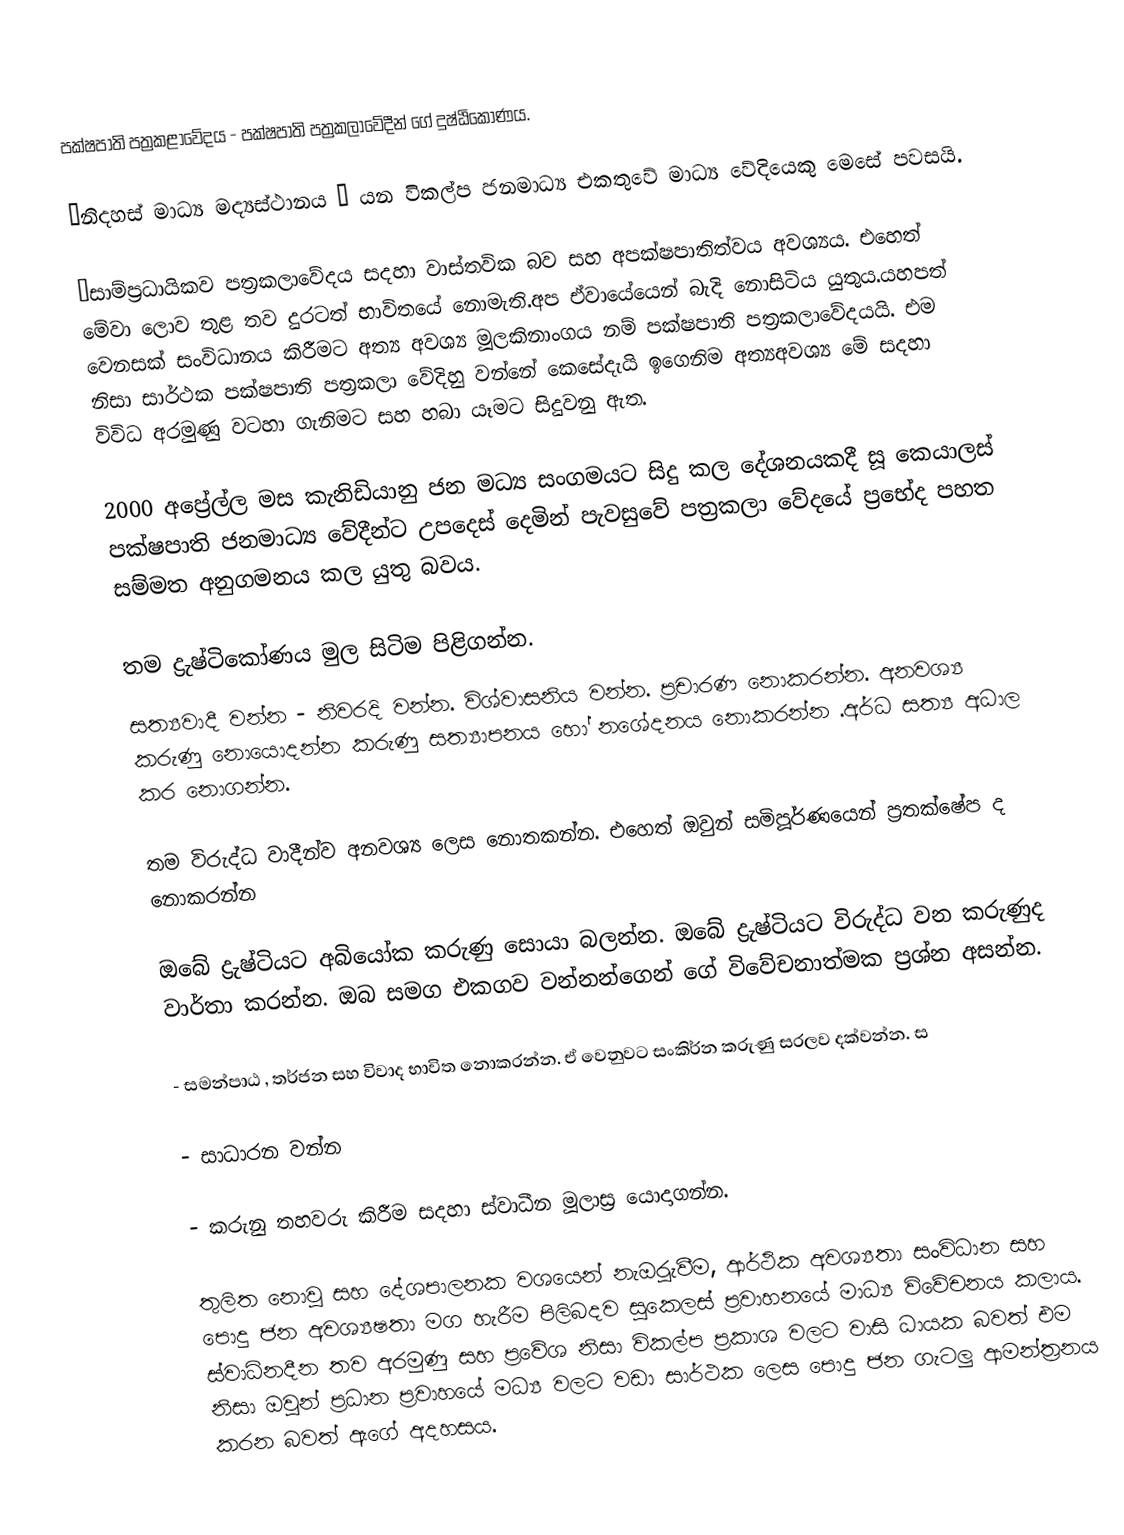
පක්ෂපාති පත්‍රකළාවේදය - පක්ෂපාති පත්‍රකලාවේදීන් ගේ  දුෂ්ඨිකෝණය.

“නිදහස් මාධ්‍ය මද්‍යස්ථානය ” යන විකල්ප ජනමාධ්‍ය එකතුවේ මාධ්‍ය වේදියෙකු මෙසේ පවසයි.

“සාම්ප්‍රධායිකව පත්‍රකලාවේදය සදහා වාස්තවික බව සහ අපක්ෂපාතිත්වය අවශ්‍යය. එහෙත් මේවා ලොව තුළ තව දුරටත් භාවිතයේ නොමැති.අප ඒවායේයෙන් බැදි නොසිටිය යුතුය.යහපත් වෙනසක් සංවිධානය කිරීමට අත්‍ය අවශ්‍ය මූලකිනාංගය නම් පක්ෂපාති පත්‍රකලාවේදයයි. එම නිසා සාර්ථක පක්ෂපාති පත්‍රකලා වේදිහු වන්නේ කෙසේදැයි ඉගෙනිම අත්‍යඅවශ්‍ය මේ සදහා විවිධ අරමුණු වටහා ගැනිමට සහ හබා යෑමට සිදුවනු ඇත.

2000 අප්‍රේල්ල මස කැනිඩියානු ජන මධ්‍ය සංගමයට සිදු කල දේශනයකදී  සූ කෙයාලස් පක්ෂපාති ජනමාධ්‍ය වේදීන්ට උපදෙස් දෙමින් පැවසුවේ පත්‍රකලා වේදයේ ප්‍රභේද පහත සම්මත අනුගමනය කල යුතු බවය.

තම ද්‍රුෂ්ටිකෝණය මුල සිටිම පිළිගන්න.
 සත්‍යවාදී වන්න - නිවරදි වන්න. විශ්වාසනිය වන්න. ප්‍රචාරණ නොකරන්න. අනවශ්‍ය කරුණු නොයොදන්න කරුණු සත්‍යාපනය හෝ නශේදනය නොකරන්න .අර්ධ සත්‍ය අධාල කර නොගන්න.

තම විරුද්ධ වාදීන්ව අනවශ්‍ය ලෙස නොතකන්න. එහෙත් ඔවුන් සමිපූර්ණයෙන් ප්‍රතක්ෂේප ද නොකරන්න

 ඔබේ ද්‍රුෂ්ටියට අබියෝක  කරුණු සොයා බලන්න. ඔබේ ද්‍රුෂ්ටියට විරුද්ධ වන කරුණුද වාර්තා කරන්න. ඔබ සමග එකගව වන්නන්ගෙන්  ගේ විවේචනාත්මක ප්‍රශ්න අසන්න.

- සමන්පාඨ , තර්ජන සහ විවාද භාවිත නොකරන්න. ඒ වෙනුවට සංකිර්න කරුණු සරලව දක්වන්න. ස

- සාධාරන වන්න

- කරුනු තහවරු කිරීම සදහා ස්වාධීන මූලාස්‍ර යොදාගන්න.

තුලිත නොවූ සහ දේශපාලනක වශයෙන් නැඔුරුවීම, ආර්ථික අවශ්‍යතා සංවිධාන සහ පොදු ජන අවශ්‍යෂතා මග හැරීම පිලිබදව සූකෙලස්   ප්‍රවාහනයේ මාධ්‍ය විවේචනය කලාය. ස්වාධිනදීන තව අරමුණු සහ ප්‍රවේශ නිසා විකල්ප ප්‍රකාශ වලට වාසි ධායක බවත් එම නිසා ඔවුන් ප්‍රධාන  ප්‍රවාහයේ මධ්‍ය වලට වඩා සාර්ථක ලෙස පොදු ජන ගැටලු ආමන්ත්‍රනය කරන බවත් ඇගේ අදහසය.